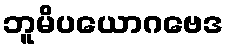
ဘူမိပယောဂဗေဒ